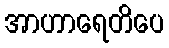
အာဟာရေတိပေ